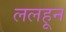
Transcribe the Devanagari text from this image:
ललहून